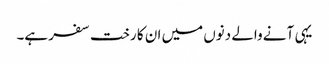
یہی آنے والے دنوں میں ان کا رخت سفر ہے۔